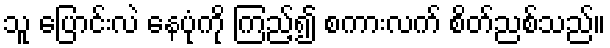
သူ ပြောင်းလဲ နေပုံကို ကြည့်၍ စကားလက် စိတ်ညစ်သည်။